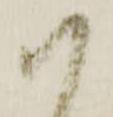
以